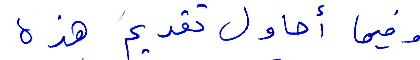
رفيما أحاول تقديم هذه